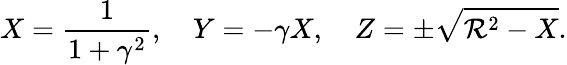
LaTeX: X=\frac{1}{1+\gamma^{2}},\quad Y=-\gamma X,\quad Z=\pm\sqrt{{\mathcal R}^{2}-X}.